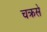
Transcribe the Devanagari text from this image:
चक्रसे